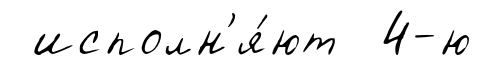
исполн'я́ют 4-ю